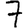
Digit: 7